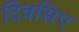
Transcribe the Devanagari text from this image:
दिवसिए